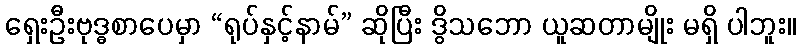
ရှေးဦးဗုဒ္ဓစာပေမှာ “ရုပ်နှင့်နာမ်” ဆိုပြီး ဒွိသဘော ယူဆတာမျိုး မရှိ ပါဘူး။